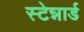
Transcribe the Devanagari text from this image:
स्टेन्नार्ड